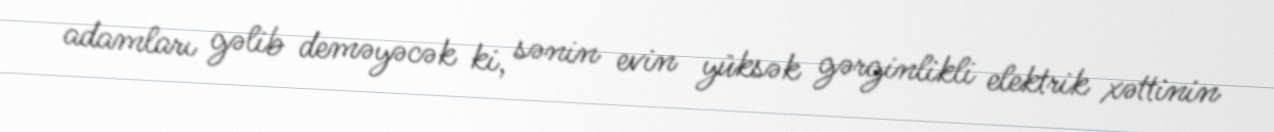
adamları gəlib deməyəcək ki, sənin evin yüksək gərginlikli elektrik xəttinin